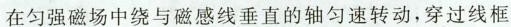
在匀强磁场中绕与磁感线垂直的轴匀速转动，穿过线框